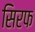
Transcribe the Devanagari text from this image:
सिरफ